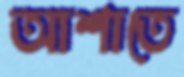
আশাতে